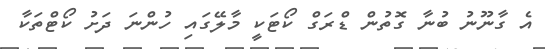
އެ ގާނޫނު ބުނާ ގޮތުން ޑްރަގް ކޯޓަކީ މާލޭގައި ހުންނަ ދަށު ކޯޓްތަކާ